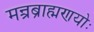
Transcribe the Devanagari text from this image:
मन्त्रब्राह्मणयोः